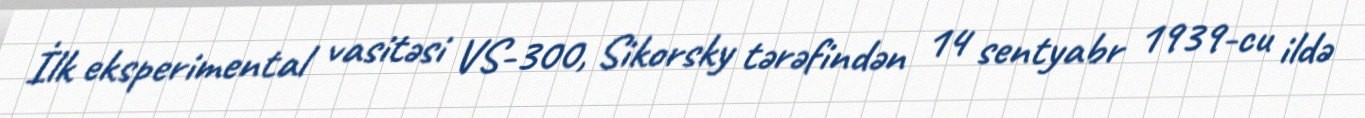
İlk eksperimental vasitəsi VS-300, Sikorsky tərəfindən 14 sentyabr 1939-cu ildə